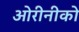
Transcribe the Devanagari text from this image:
ओरीनीको